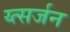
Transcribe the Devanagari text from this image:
य्त्सर्जन